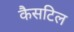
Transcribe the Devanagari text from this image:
कैसटिल